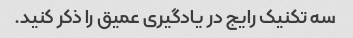
سه تکنیک رایج در یادگیری عمیق را ذکر کنید.